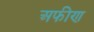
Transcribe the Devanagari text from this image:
अफीण